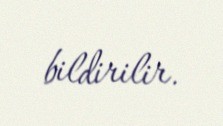
bildirilir.